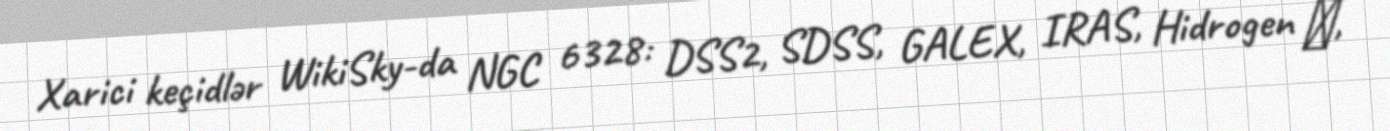
Xarici keçidlər WikiSky-da NGC 6328: DSS2, SDSS, GALEX, IRAS, Hidrogen α,